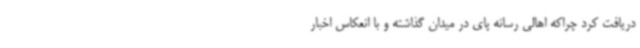
دریافت کرد چراکه اهالی رسانه پای در میدان گذاشته و با انعکاس اخبار